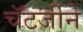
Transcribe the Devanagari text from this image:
चॅटर्जीने